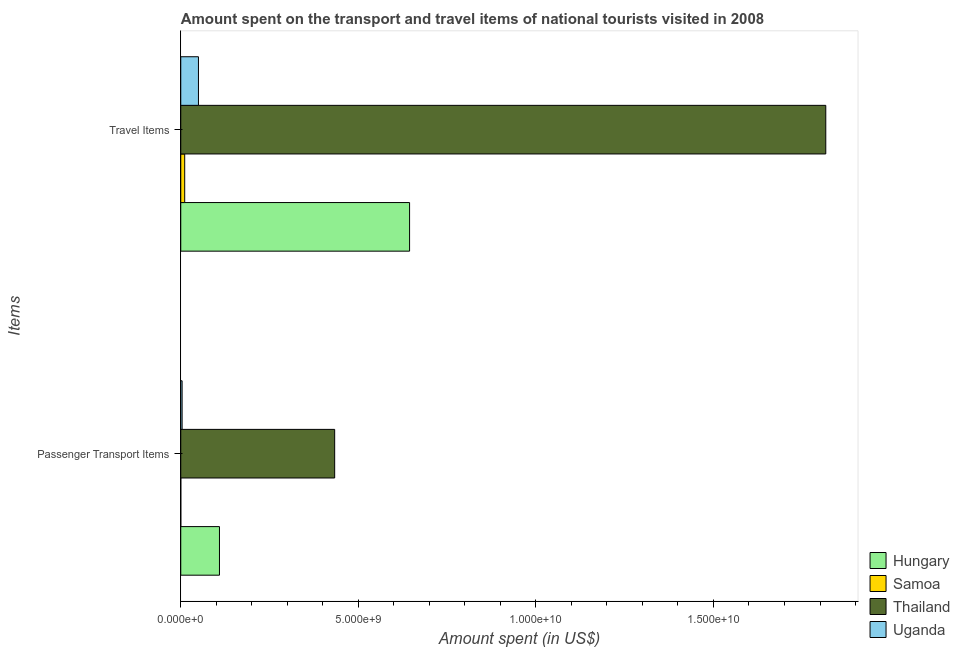
| Items | Hungary | Samoa | Thailand | Uganda |
 | --- | --- | --- | --- | --- |
 | Passenger Transport Items | 1.09e+09 | 6e+05 | 4.33e+09 | 3.8e+07 |
 | Travel Items | 6.44e+09 | 1.11e+08 | 1.82e+10 | 4.98e+08 |